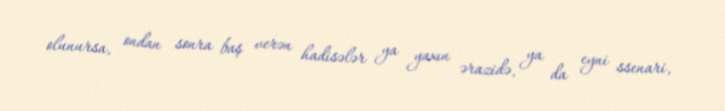
olunursa, ondan sonra baş verən hadisələr ya yaxın ərazidə, ya da eyni ssenari,